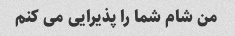
من شام شما را پذیرایی می کنم